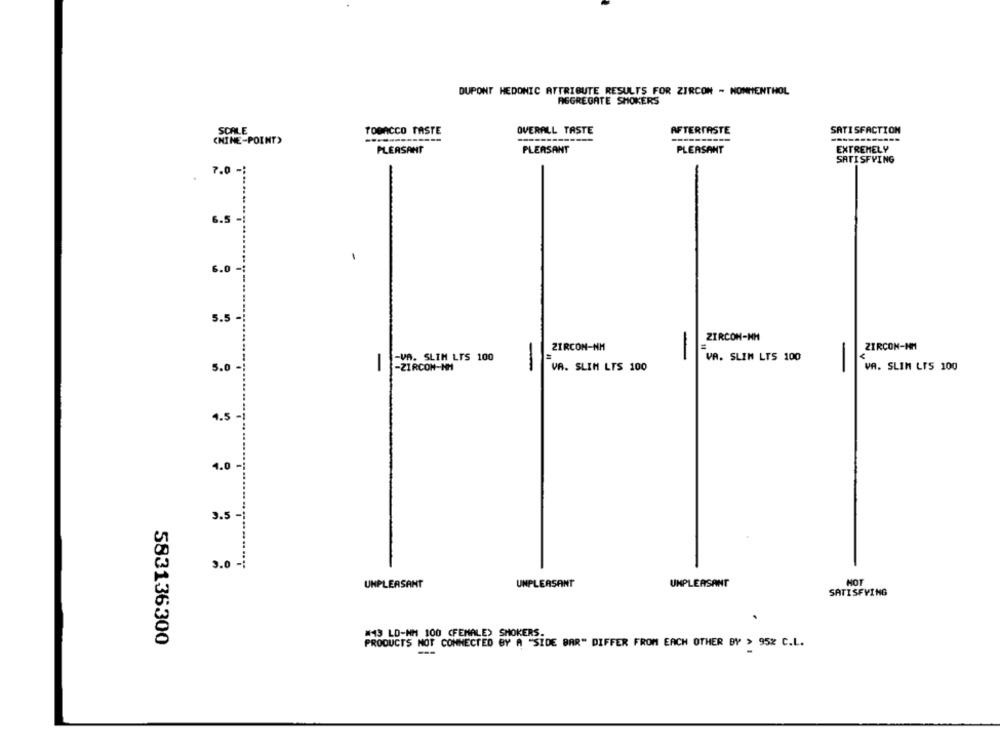
DUPONT HEDONIC ATTRIBUTE RESULTS FOR ZIRCON - NONMENTHOL
AGGREGATE SHOKERS
SCALE
TOBACCO TASTE
OVERALL TASTE
AFTERTASTE
SATISFACTION
CHINE-POINT)
-------
PLEASANT
PLEASANT
PLEASANT
EXTREMELY
SATISFYING
7.0
6.0 -
5.5 -
ZIRCON-NH
ZIRCON-NM
ZIRCON-NM
-VA. SLIM LTS 100
-
VA. SLIN LTS 100
5.0
-
-ZIRCON-HH
VA. SLIM LTS 100
VA. SLIM LIS 100
4.5 -
4.0
3.5-
3.0 -1
UNPLEASANT
UNPLEASANT
UNPLEASANT
HOT
SATISFYING
#13 LD-NH 100 (FEMALE) SMOKERS.
583136300
PRODUCTS NOT CONNECTED BY A "SIDE BAR" DIFFER FROM EACH OTHER BY > 95% C.L.